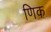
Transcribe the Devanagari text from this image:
णिक